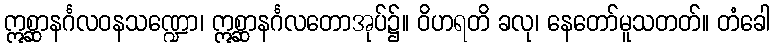
ဣစ္ဆာနင်္ဂလဝနသဏ္ဍော၊ ဣစ္ဆာနင်္ဂလတောအုပ်၌။ ဝိဟရတိ ခလု၊ နေတော်မူသတတ်။ တံခေါ